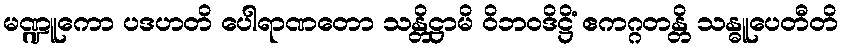
မဏ္ဍူကော ပဒဟတိ ပေါရာဏတော သန္တိဋ္ဌာမိ ဝိဘဝဒိဋ္ဌိံ ဧကဂ္ဂတန္တိ သန္ဓူပေတီတိ